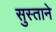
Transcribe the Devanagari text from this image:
सुस्ताने